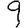
Digit: 9